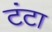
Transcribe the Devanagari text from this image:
टंटा